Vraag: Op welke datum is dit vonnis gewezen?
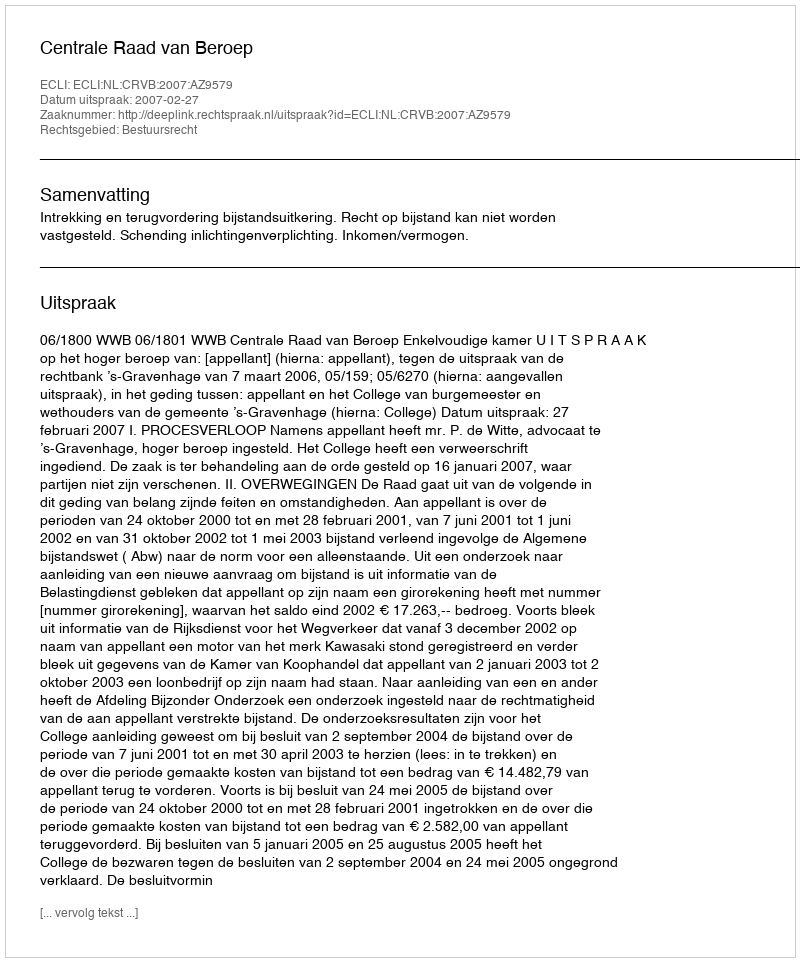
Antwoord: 2007-02-27